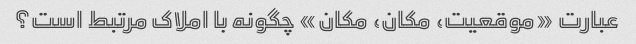
عبارت «موقعیت، مکان، مکان» چگونه با املاک مرتبط است؟